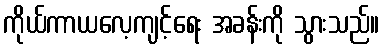
ကိုယ်ကာယလေ့ကျင့်ရေး အခန်းကို သွားသည်။